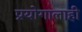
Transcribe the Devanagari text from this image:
प्रयोगालाही